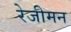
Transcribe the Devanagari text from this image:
रेजीमन